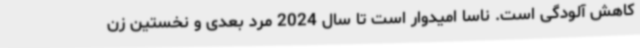
کاهش آلودگی است. ناسا امیدوار است تا سال 2024 مرد بعدی و نخستین زن